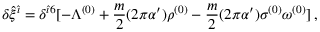
\delta { \hat { \xi } } ^ { { \hat { \imath } } } = \delta ^ { { \hat { \imath } } 6 } [ - \Lambda ^ { ( 0 ) } + \frac { m } { 2 } ( 2 \pi \alpha ^ { \prime } ) { \rho } ^ { ( 0 ) } - \frac { m } { 2 } ( 2 \pi \alpha ^ { \prime } ) \sigma ^ { ( 0 ) } \omega ^ { ( 0 ) } ] \, ,